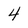
Character: 4